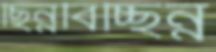
ছিন্নবিচ্ছিন্ন